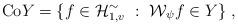
LaTeX: \begin{align*} {\rm Co} Y = \{ f \in \mathcal{H}_{1,v}^{\sim}~:~ \mathcal{W}_\psi f \in Y \}~, \end{align*}